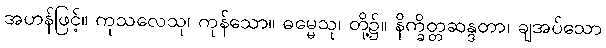
အဟန်ဖြင့်။ ကုသလေသု၊ ကုန်သော။ ဓမ္မေသု၊ တို့၌။ နိက္ခိတ္တဆန္ဒတာ၊ ချအပ်သော